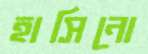
হাসিনো